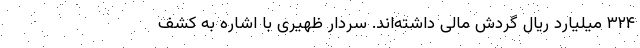
۳۲۴ میلیارد ریال گردش مالی داشته‌اند. سردار ظهیری با اشاره به کشف